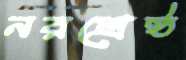
নরশ্রেষ্ঠ